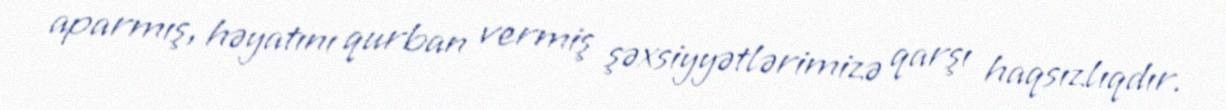
aparmış, həyatını qurban vermiş şəxsiyyətlərimizə qarşı haqsızlıqdır.